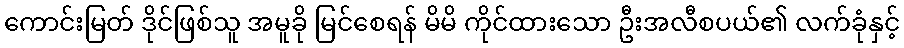
ကောင်းမြတ် ဒိုင်ဖြစ်သူ အမူခို မြင်စေရန် မိမိ ကိုင်ထားသော ဦးအလီစပယ်၏ လက်ခုံနှင့်